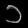
Digit: ၁